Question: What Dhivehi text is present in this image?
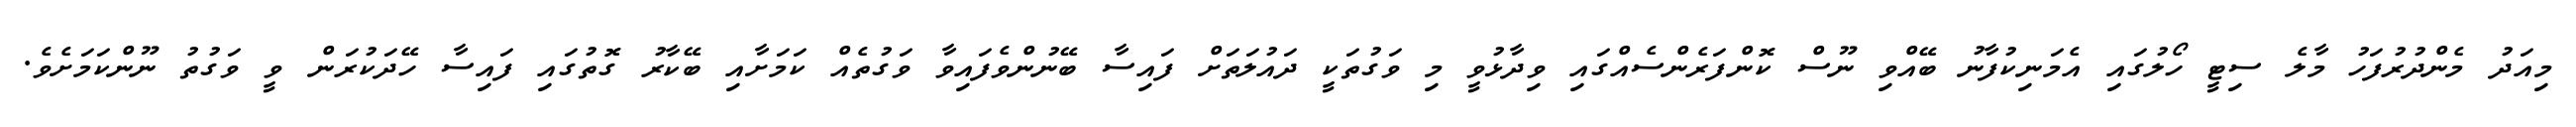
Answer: މިއަދު މެންދުރުފަހު މާލެ ސިޓީ ހޯލުގައި އެމަނިކުފާނު ބޭއްވި ނޫސް ކޮންފަރެންސެއްގައި ވިދާޅުވީ މި ވަގުތަކީ ދައުލަތަށް ފައިސާ ބޭނުންވެފައިވާ ވަގުތެއް ކަމަށާއި ބޭކާރު ގޮތުގައި ފައިސާ ހޭދަކުރަން ވީ ވަގުތު ނޫންކަމަށެވެ.